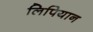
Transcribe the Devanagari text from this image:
लिपियान